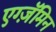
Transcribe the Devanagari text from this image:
एग्ज़ॅमिन